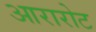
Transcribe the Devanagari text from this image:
आरारोट